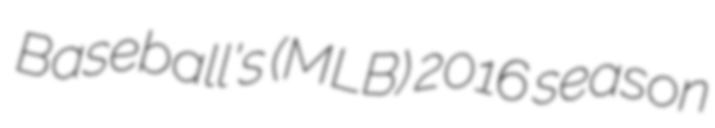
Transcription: Baseball's (MLB) 2016 season